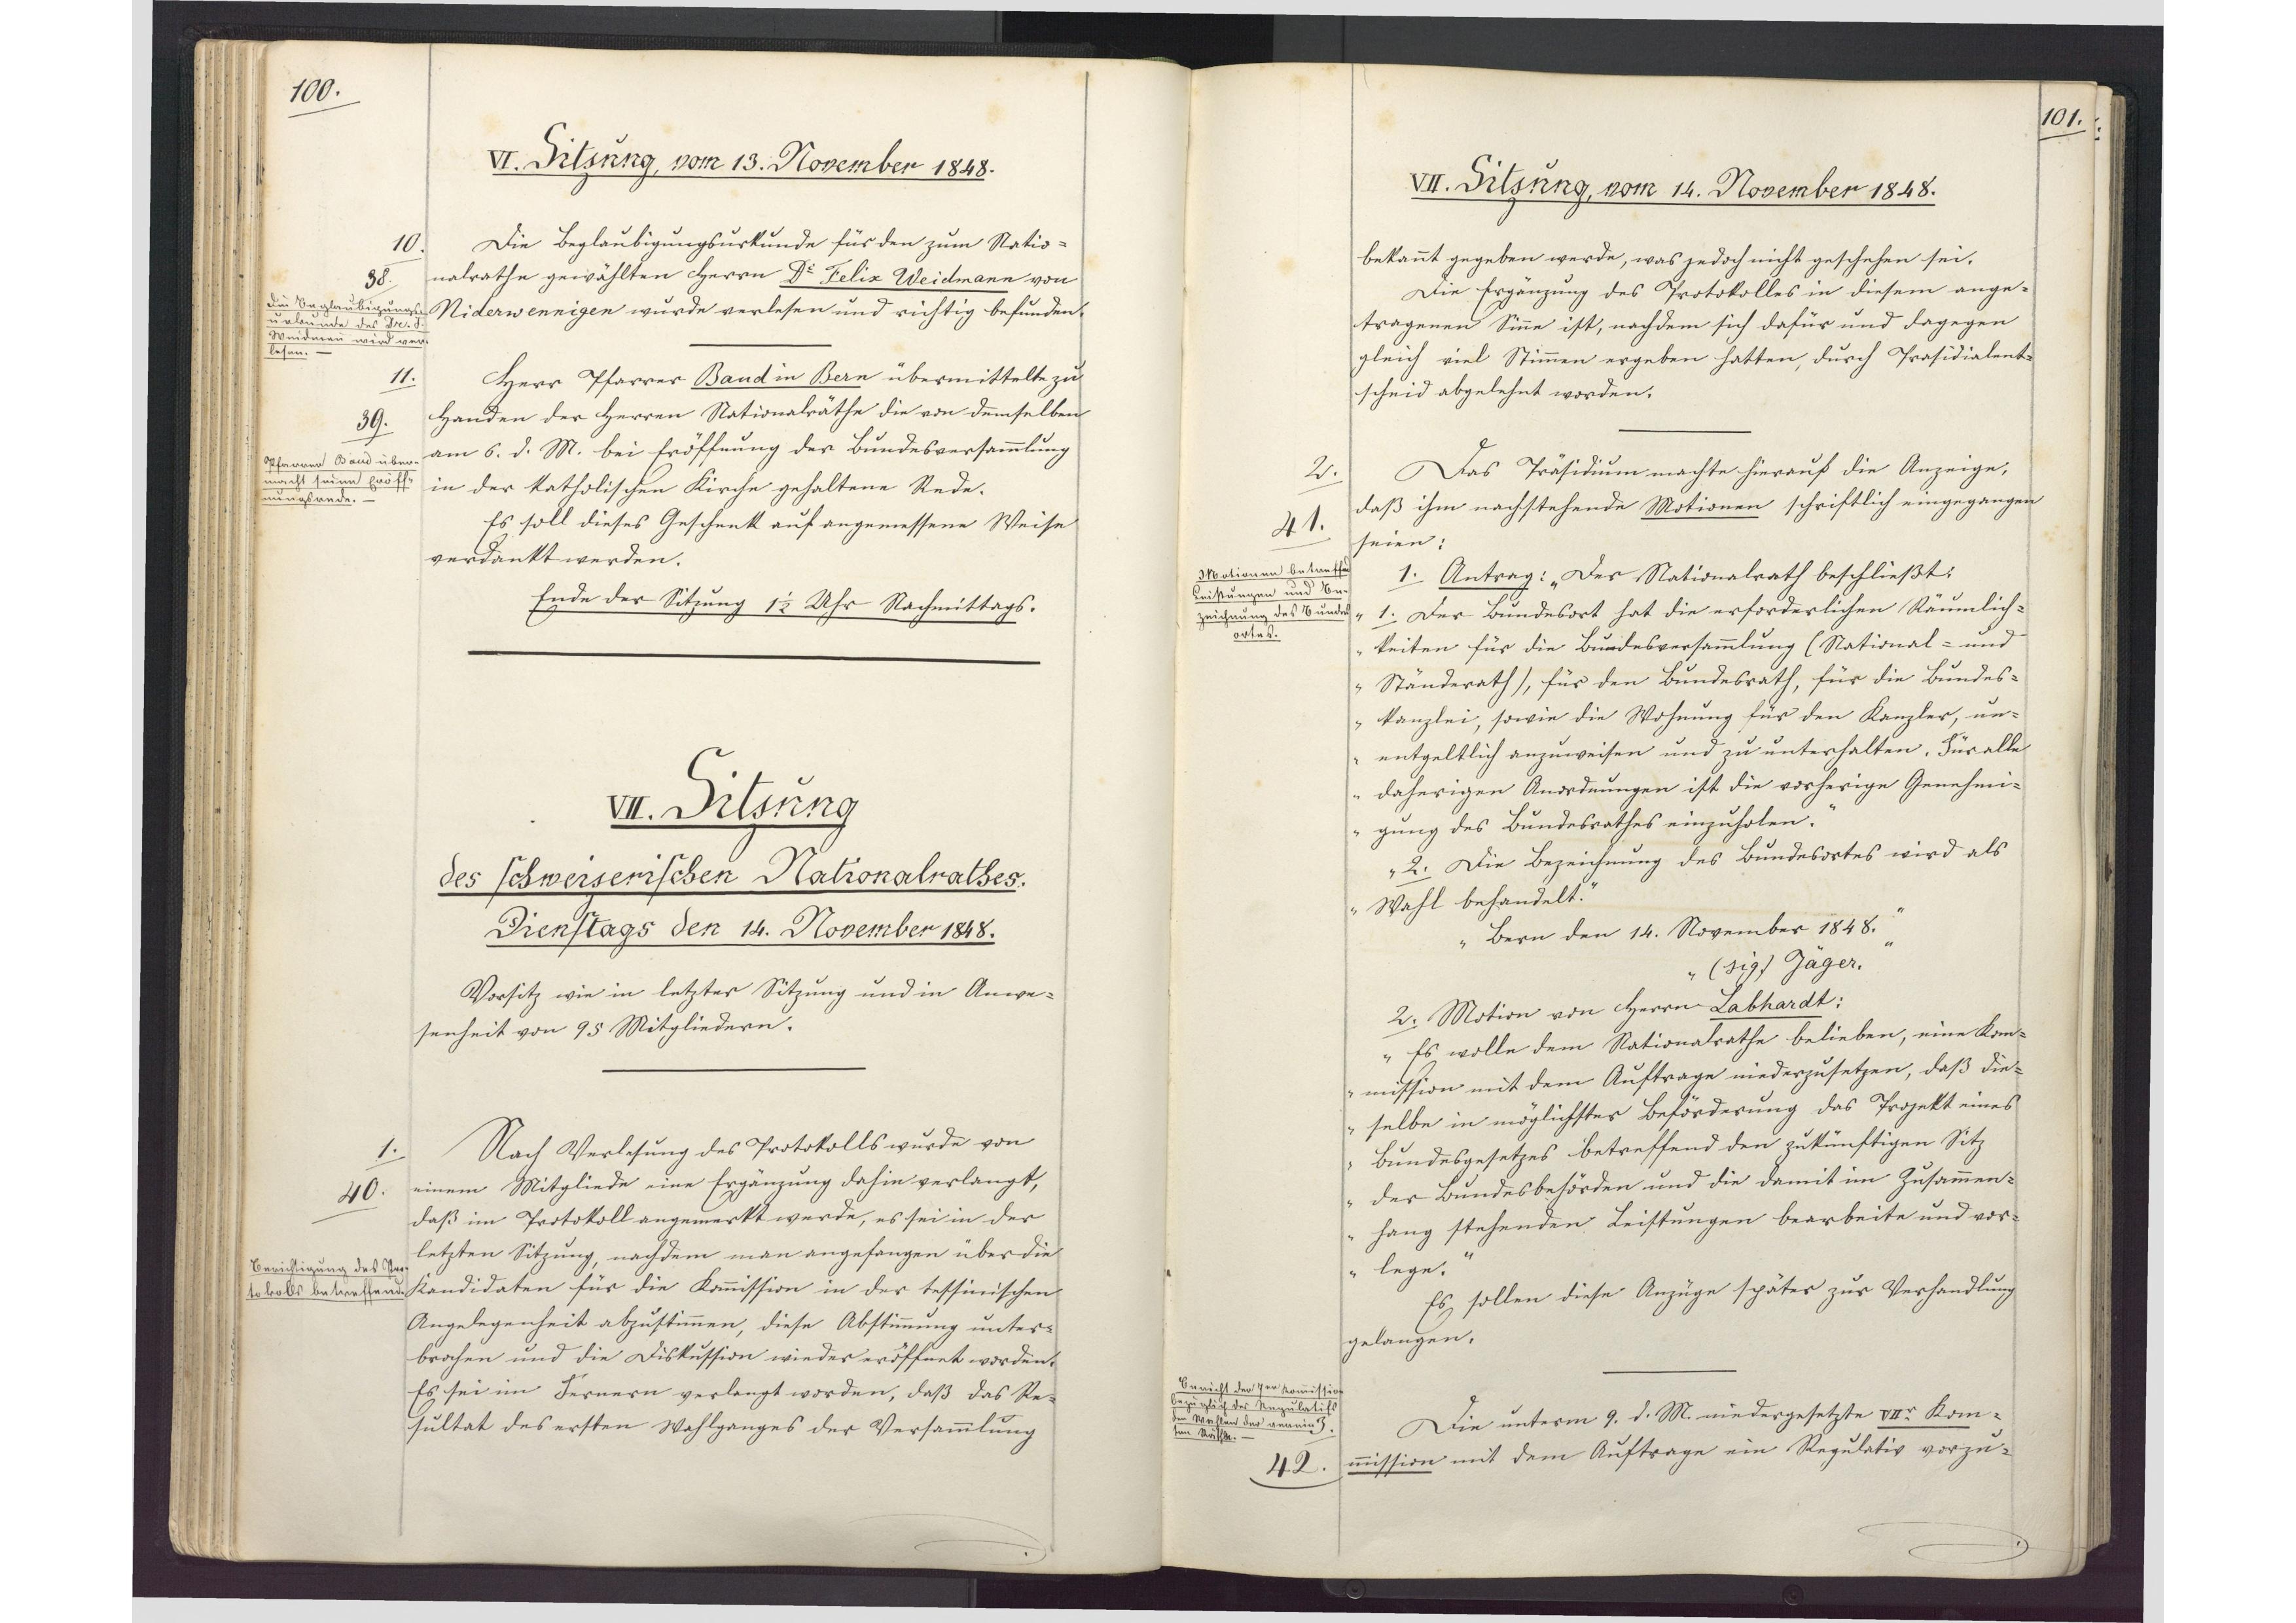
100.

VII. Sitzung
des schweizerischen Nationalrathes.
Dienstags den 14. November 1848.

Vorsitz wie in letzter Sitzung und in Anwe¬
senheit von 95 Mitgliedern.
Nach Verlesung des Protokolls wurde von
einem Mitgliede eine Ergänzung dahin verlangt,
daß im Protokoll angemerkt werde, es sei in der
letzten Sitzung, nachdem man angefangen über die
Kandidaten für die Kommission in der tessinischen
Angelegenheit abzustimmen, diese Abstimmung unter¬
brochen und die Diskussion wieder eröffnet worden.
Es sei im Fernern verlangt worden, daß das Re¬
sultat des ersten Wahlganges der Versammlung

1.
40.
Berichtigung des Pro¬
tokolls betreffend.

101.

VII. Sitzung, vom 14. November 1848.

bekannt gegeben werde, was jedoch nicht geschehen sei.
Die Ergänzung des Protokolles in diesem ange¬
tragenen Sinne ist, nachdem sich dafür und dagegen
gleich viel Stimmen ergeben hatten, durch Prasidialent¬
scheid abgelehnt worden.
Das Präsidium machte hierauf die Anzeige,
daß ihm nachstehende Motionen schriftlich eingegangen
seien:
1. Antrag: "Der Nationalrath beschließt:
1. Der Bundesort hat die erforderlichen Räumlich¬
keiten für die Bundesversammlung (National- und
Ständerath), für den Bundesrath, für die Bundes¬
kanzlei, sowie die Wohnung für den Kanzler, un¬
entgeltlich anzuweisen und zu unterhalten. Für alle
daherigen Anordnungen ist die vorherige Genehmi¬
gung des Bundesrathes einzuholen.
2. Die Bezeichnung des Bundesortes wird als
Wahl behandelt.
Bern den 14. November 1848.
(sig) Jäger."
2. Motion von Herrn Labhardt:
"Es wolle dem Nationalrathe belieben, eine Kom¬
mission mit dem Auftrage niederzusetzen, daß die¬
selbe in möglichster Beförderung das Projekt eines
Bundesgesetzes betreffend den zukünftigen Sitz
der Bundesbehörden und die damit im Zusammen¬
hang stehenden Leistungen bearbeite und vor¬
lege."
Es sollen diese Anzüge später zur Verhandlung
gelangen.
Die unterm 9. d. M. niedergesetzte VIIer Kom¬
mission mit dem Auftrage ein Regulativ vorzu¬

2.
41.
Motionen betreffend
Leistungen und Be¬
zeichnung des Bundes¬
ortes.

Bericht der 7er Kommission
bezüglich des Regulatifs
den Wahlen der xxx
xxx Räthe.
3.
42.